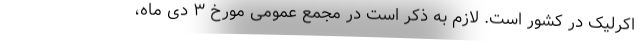
اکرلیک در کشور است. لازم به ذکر است در مجمع عمومی مورخ ۳ دی ماه،